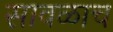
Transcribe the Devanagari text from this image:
सावळाच